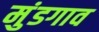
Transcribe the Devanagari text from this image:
मुंडगाव